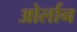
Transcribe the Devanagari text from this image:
ओर्लान